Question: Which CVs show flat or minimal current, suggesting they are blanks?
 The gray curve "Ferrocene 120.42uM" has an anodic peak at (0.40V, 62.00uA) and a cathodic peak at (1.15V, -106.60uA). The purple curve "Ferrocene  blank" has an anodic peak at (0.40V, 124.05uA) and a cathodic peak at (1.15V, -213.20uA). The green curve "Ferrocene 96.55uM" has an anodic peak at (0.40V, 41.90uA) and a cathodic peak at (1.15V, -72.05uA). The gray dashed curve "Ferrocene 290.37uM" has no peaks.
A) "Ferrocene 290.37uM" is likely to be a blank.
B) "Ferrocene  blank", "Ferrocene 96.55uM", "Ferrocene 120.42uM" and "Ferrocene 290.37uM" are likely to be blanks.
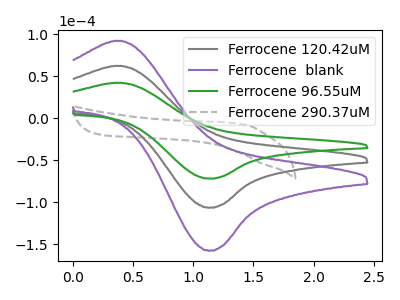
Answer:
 <answer>A) "Ferrocene 290.37uM" is likely to be a blank.</answer>
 <eval>A</eval>